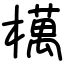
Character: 𣜜